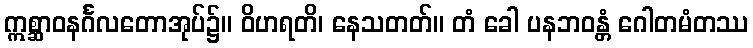
ဣစ္ဆာဝနင်္ဂလတောအုပ်၌။ ဝိဟရတိ၊ နေသတတ်။ တံ ခေါ ပနဘဝန္တံ ဂေါတမံတဿ